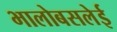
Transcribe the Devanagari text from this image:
भालोबसलेई